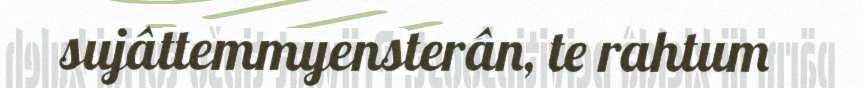
sujâttemmyensterân, te rahtum